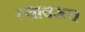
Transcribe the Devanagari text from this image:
त्यावरूच